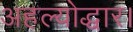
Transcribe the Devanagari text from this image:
अहल्योद्धार।